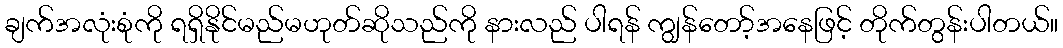
ချက်အလုံးစုံကို ရရှိနိုင်မည်မဟုတ်ဆိုသည်ကို နားလည် ပါရန် ကျွန်တော့်အနေဖြင့် တိုက်တွန်းပါတယ်။